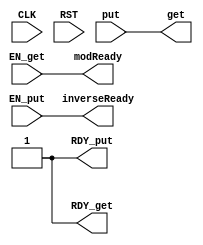
module LinkInverter(CLK,
		  RST,

		  put,
		  EN_put,
		  RDY_put,

		  get,
		  EN_get,
		  RDY_get,
                  modReady,
                  inverseReady
		  );
   parameter DATA_WIDTH = 1;

   input CLK;
   input RST;
   output [DATA_WIDTH-1 : 0] get;
   input  [DATA_WIDTH-1 : 0] put;
   input 		   EN_get;
   input 		   EN_put;
   output 		   RDY_get;
   output 		   RDY_put;
   output 		   modReady;
   output 		   inverseReady;

   // will this work?
   assign get = put;
   assign RDY_get = 1;
   assign RDY_put = 1;
   assign modReady = EN_get;
   assign inverseReady = EN_put;
endmodule